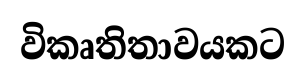
විකෘතිතාවයකට